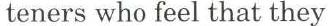
teners who feel that they